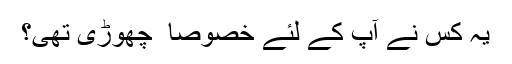
یہ کس نے آپ کے لئے خصوصاً ً چھوڑی تھی؟